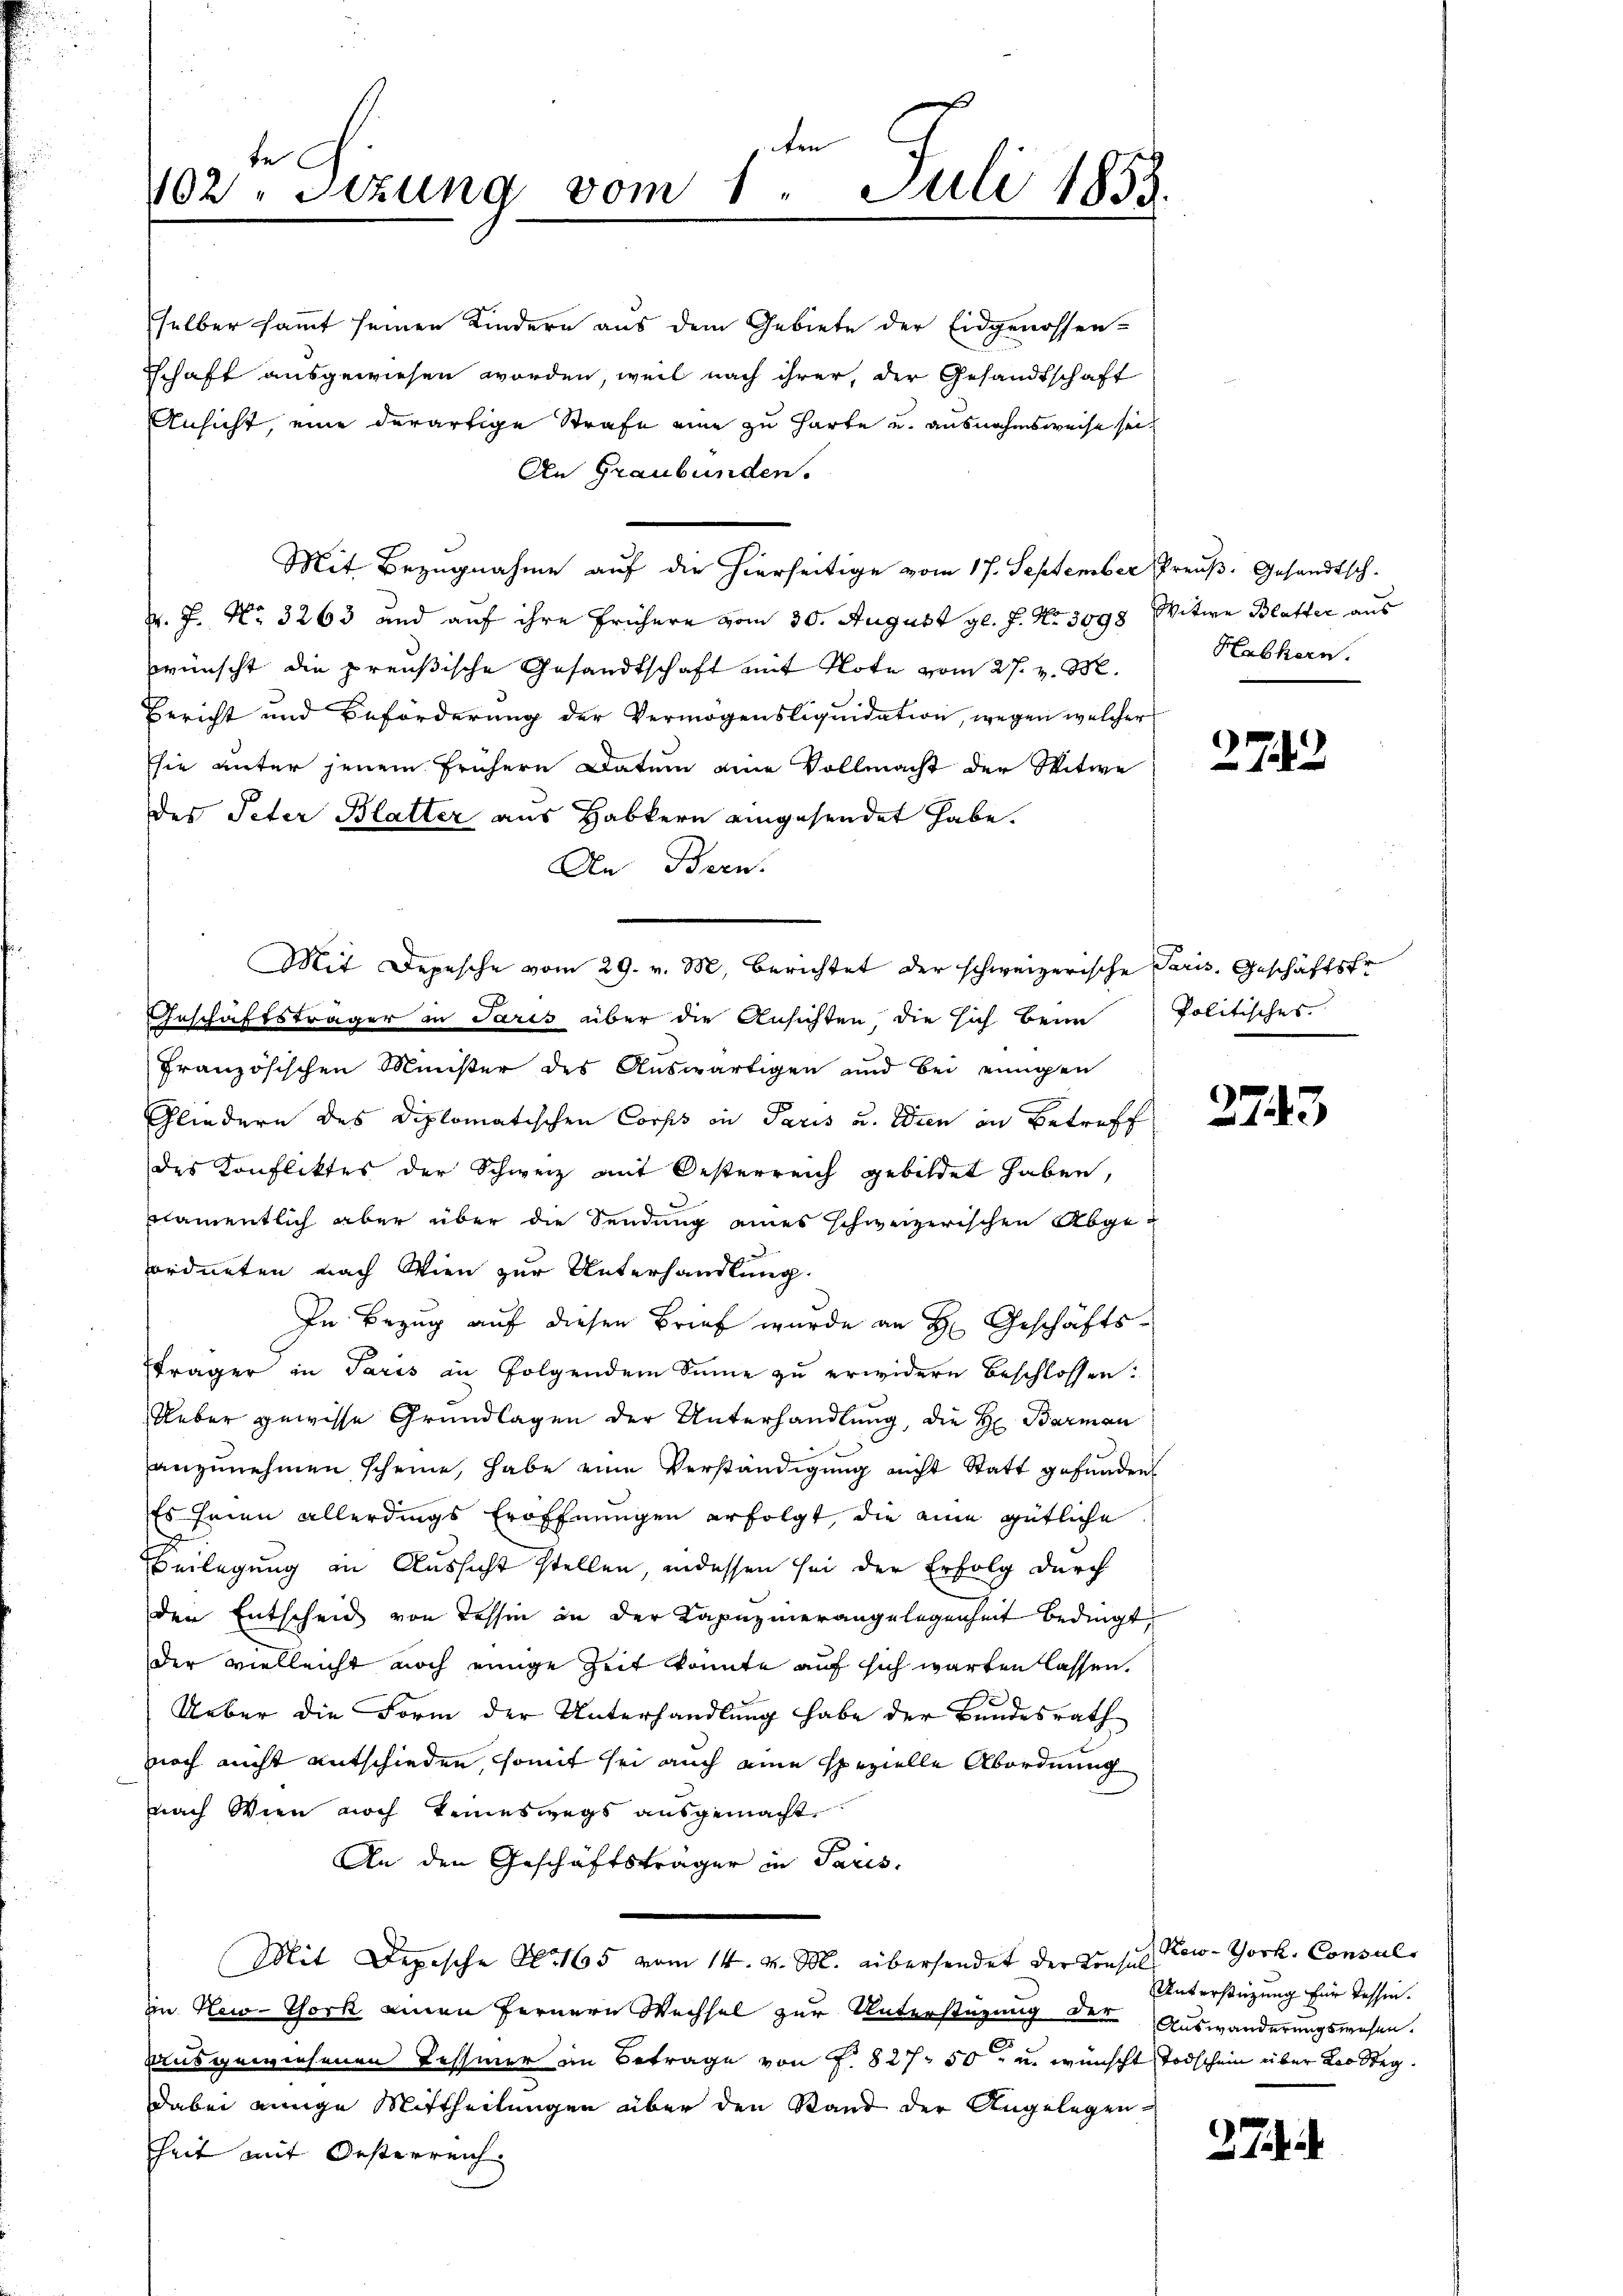
ten
be
102. Sitzung vom 1. Juli 1853.

selber sammt seinen Kindern aus dem Gebiete der Eidgenossen-
schaft ausgewiesen worden, weil nach ihrer, der Gesandtschaft
Ansicht, eine derartige Strafe eine zu harte u. ausnahmsweise sei¬
An Graubünden.
K. J. No. 3263 und auf ihre frühere vom 30. August gl. J. No 3998 Witwe Blatter aus
wünscht die preußische Gesandtschaft mit Note vom 27. v. M.
Bericht und Beförderung der Vermögensliquidation, wegen welcher
sie unter jenem frühere Datum eine Vollmacht der Witwe
des Peter Blatter aus Habkern eingesendet habe.
An Bern.
Inschaftsträger in Paris über die Ansichten, die sich beim
französischen Minister des Auswärtigen und bei einigen
Gliedern des Diplomatischen Corps in Paris u. Wien in Betreff
des Konfliktes der Schweiz mit Oesterreich gebildet haben,
nnamentlich aber über die Sendung eines schweizerischen Abgeordneten nach Wien zur Unterhandlung.
In Bezug auf diesen Brief wurde an H. Geschäftsträger in Paris in Folgendem Sinne zu erwidern beschlossen:
Ueber gewisse Grundlagen der Unterhandlung, die H. Barman
anzunehmen scheine, habe eine Verständigung nicht Statt gefunden
Es seien allerdings Eröffnungen erfolgt, die eine gütliche
Beilegung in Aussicht stellen, indessen sei der Erfolg durch
den Entscheid von Tessin an der Kapuzinerangelegenheit bedingt
der vielleicht noch einige Zeit konnte auf sich warten lassen.
Ueber die Form der Unterhandlung habe der Bundesrath
noch nicht entschieden, somit sei auch eine spezielle Abordnung
nach Wien noch keineswegs ausgemacht,
An den Geschäftsträger in Paris,
Mit Depesche N. 165 vom 14. v. M. übersendet der Präses Tew-York, Consul
in Hei-Thork einen fernern Wechsel zur Unterstüzung der Auswanderungswesen
ausgewiesenen Tessiner an Betrage von f. 827 50 u. wünscht Todschein über Leo Steg.
dabei einige Mittheilungen über den Stand der Angelegen-
heit mit Oesterreich

Mit Bezugnahme auf die hierseitige vom 17. September Preuß. Gesandtsch-

Mit Depesche vom 29. v. M. Berichtet der schweizerische Paris, Geschäftsfr

Hubkern.

2743

Politisches.

2743

Unterstüzung für Tessin.

7